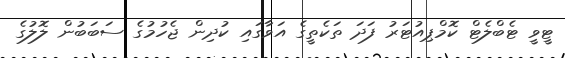
ޓީވީ ޓެބްލެޓް ކޮމްޕިއުޓަރު ފަދަ ތަކެތީގެ އަވާގައި ކުދިން ޖެހުމުގެ ސަބަބުން ލޮލުގެ